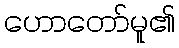
ဟောတော်မူ၏